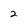
Character: 2